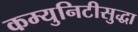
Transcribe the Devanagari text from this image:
कम्युनिटीसुद्धा